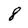
Character: 8